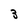
Character: 3